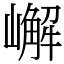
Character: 嶰